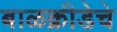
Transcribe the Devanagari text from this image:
बाळक्रीडेचे